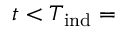
t < T _ { \mathrm { i n d } } =